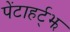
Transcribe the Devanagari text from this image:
पेंटाहर्ट्‌झ